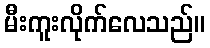
မီးကူးလိုက်လေသည်။